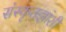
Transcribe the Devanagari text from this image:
संस्कृतज्ञांशी